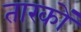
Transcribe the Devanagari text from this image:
तारकों